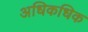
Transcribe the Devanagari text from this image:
अधिकधिक